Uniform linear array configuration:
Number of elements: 64
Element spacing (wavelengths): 0.75
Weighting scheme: uniform
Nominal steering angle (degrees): -30
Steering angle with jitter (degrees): -30.872
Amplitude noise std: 0.05
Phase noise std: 0.05

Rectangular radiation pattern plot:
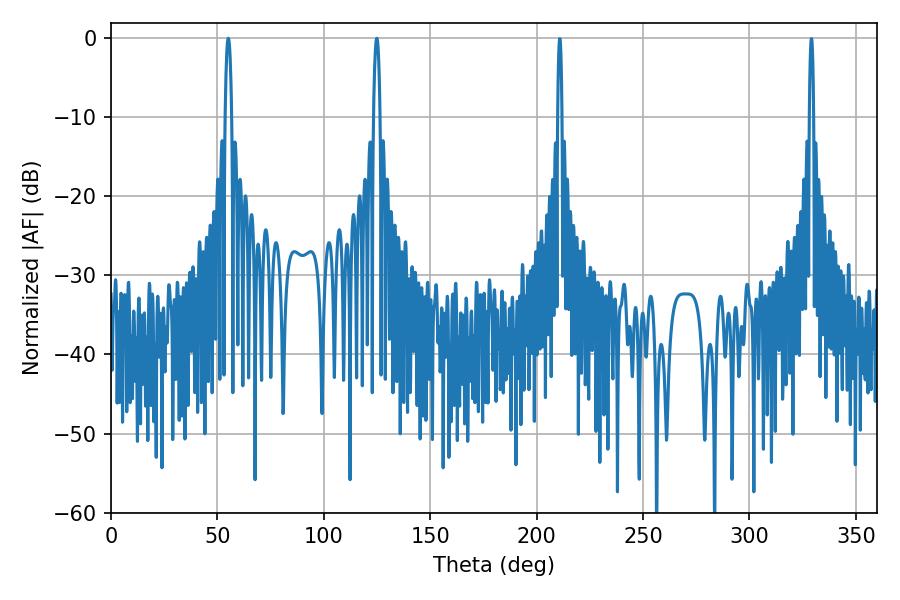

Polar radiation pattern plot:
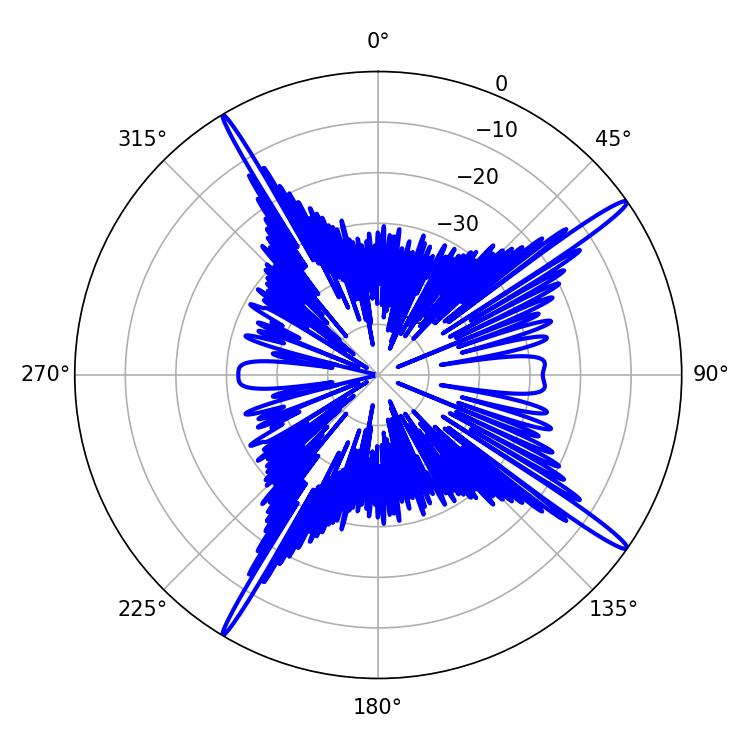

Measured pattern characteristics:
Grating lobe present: TRUE
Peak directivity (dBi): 17.551
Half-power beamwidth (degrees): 1.62
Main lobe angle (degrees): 55.08